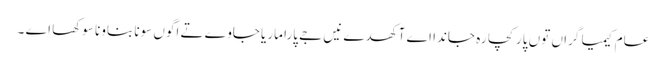
عام کیمیا گراں توں پار کچا رہ جاندا اے آکھدے نیں جے پارا ماریا جاوے تے اگوں سونا بناونا سوکھا اے ۔